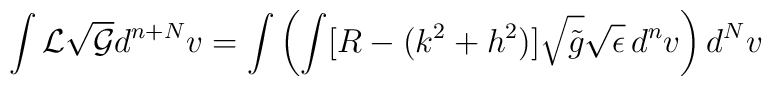
\int{\cal L}\sqrt{\cal G}d^{n+N}v= \int\left(\int[R  -(k^{2} +h^{2})]\sqrt{\tilde{g}}\sqrt{\epsilon}\,d^{n}v\right)d^{N}v